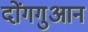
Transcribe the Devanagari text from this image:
दोंगगुआन